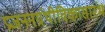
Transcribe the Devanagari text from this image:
प्रजननग्रंथीविकासारंभ